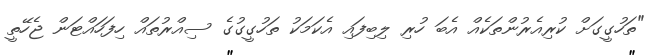
"ތަހުގީގަށް ކުރިއެރުންތަކެއް އެބަ ހުރި ލިބިފައި އެކަމަކު ތަހުގީގުގެ ސިއްރުތައް ހިފަހައްޓަން ޖެހޭތީ